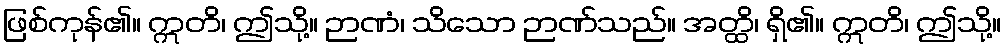
ဖြစ်ကုန်၏။ ဣတိ၊ ဤသို့။ ဉာဏံ၊ သိသော ဉာဏ်သည်။ အတ္ထိ၊ ရှိ၏။ ဣတိ၊ ဤသို့။